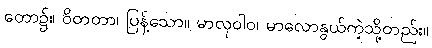
တော၌။ ဝိတတာ၊ ပြန့်သော။ မာလုဝါဝ၊ မာလောနွယ်ကဲ့သို့တည်း။